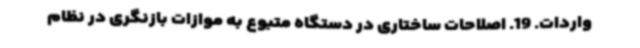
واردات. 19. اصلاحات ساختاری در دستگاه متبوع به موازات بازنگری در نظام